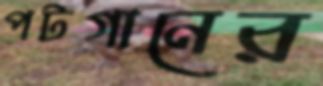
পটগানের